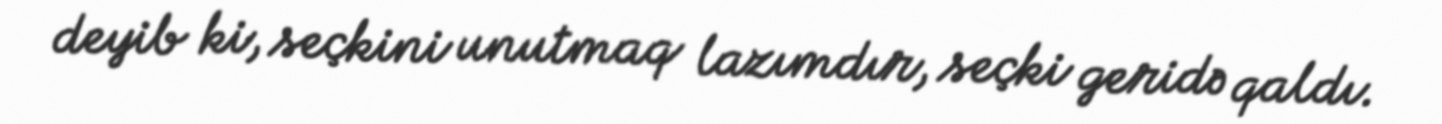
deyib ki, seçkini unutmaq lazımdır, seçki geridə qaldı.